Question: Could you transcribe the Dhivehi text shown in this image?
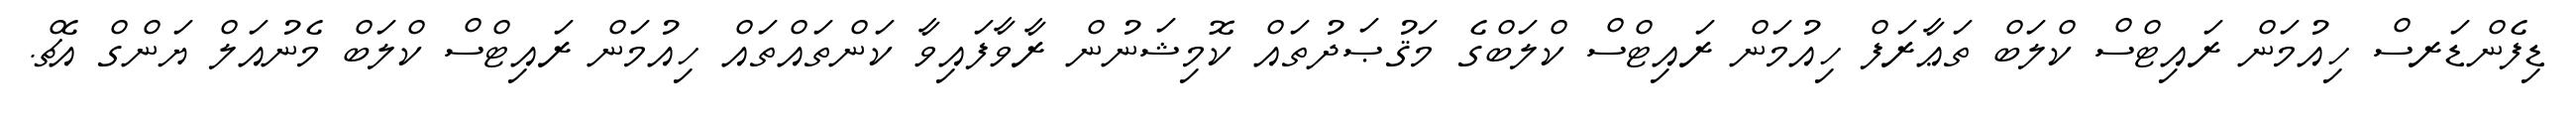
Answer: ޑިފެންޑަރސް ހިއުމަން ރައިޓްސް ކްލަބް ތަޢާރަފް ހިއުމަން ރައިޓްސް ކްލަބްގެ މަޤުޞަދުތައް ކޮމިޝަނުން ރާވާފައިވާ ކަންތައްތައް ހިއުމަން ރައިޓްސް ކްލަބް މެނުއަލް ޔަންގް އެޗް.